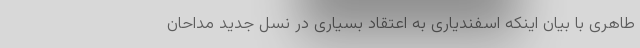
طاهری با بیان اینکه اسفندیاری به اعتقاد بسیاری در نسل جدید مداحان